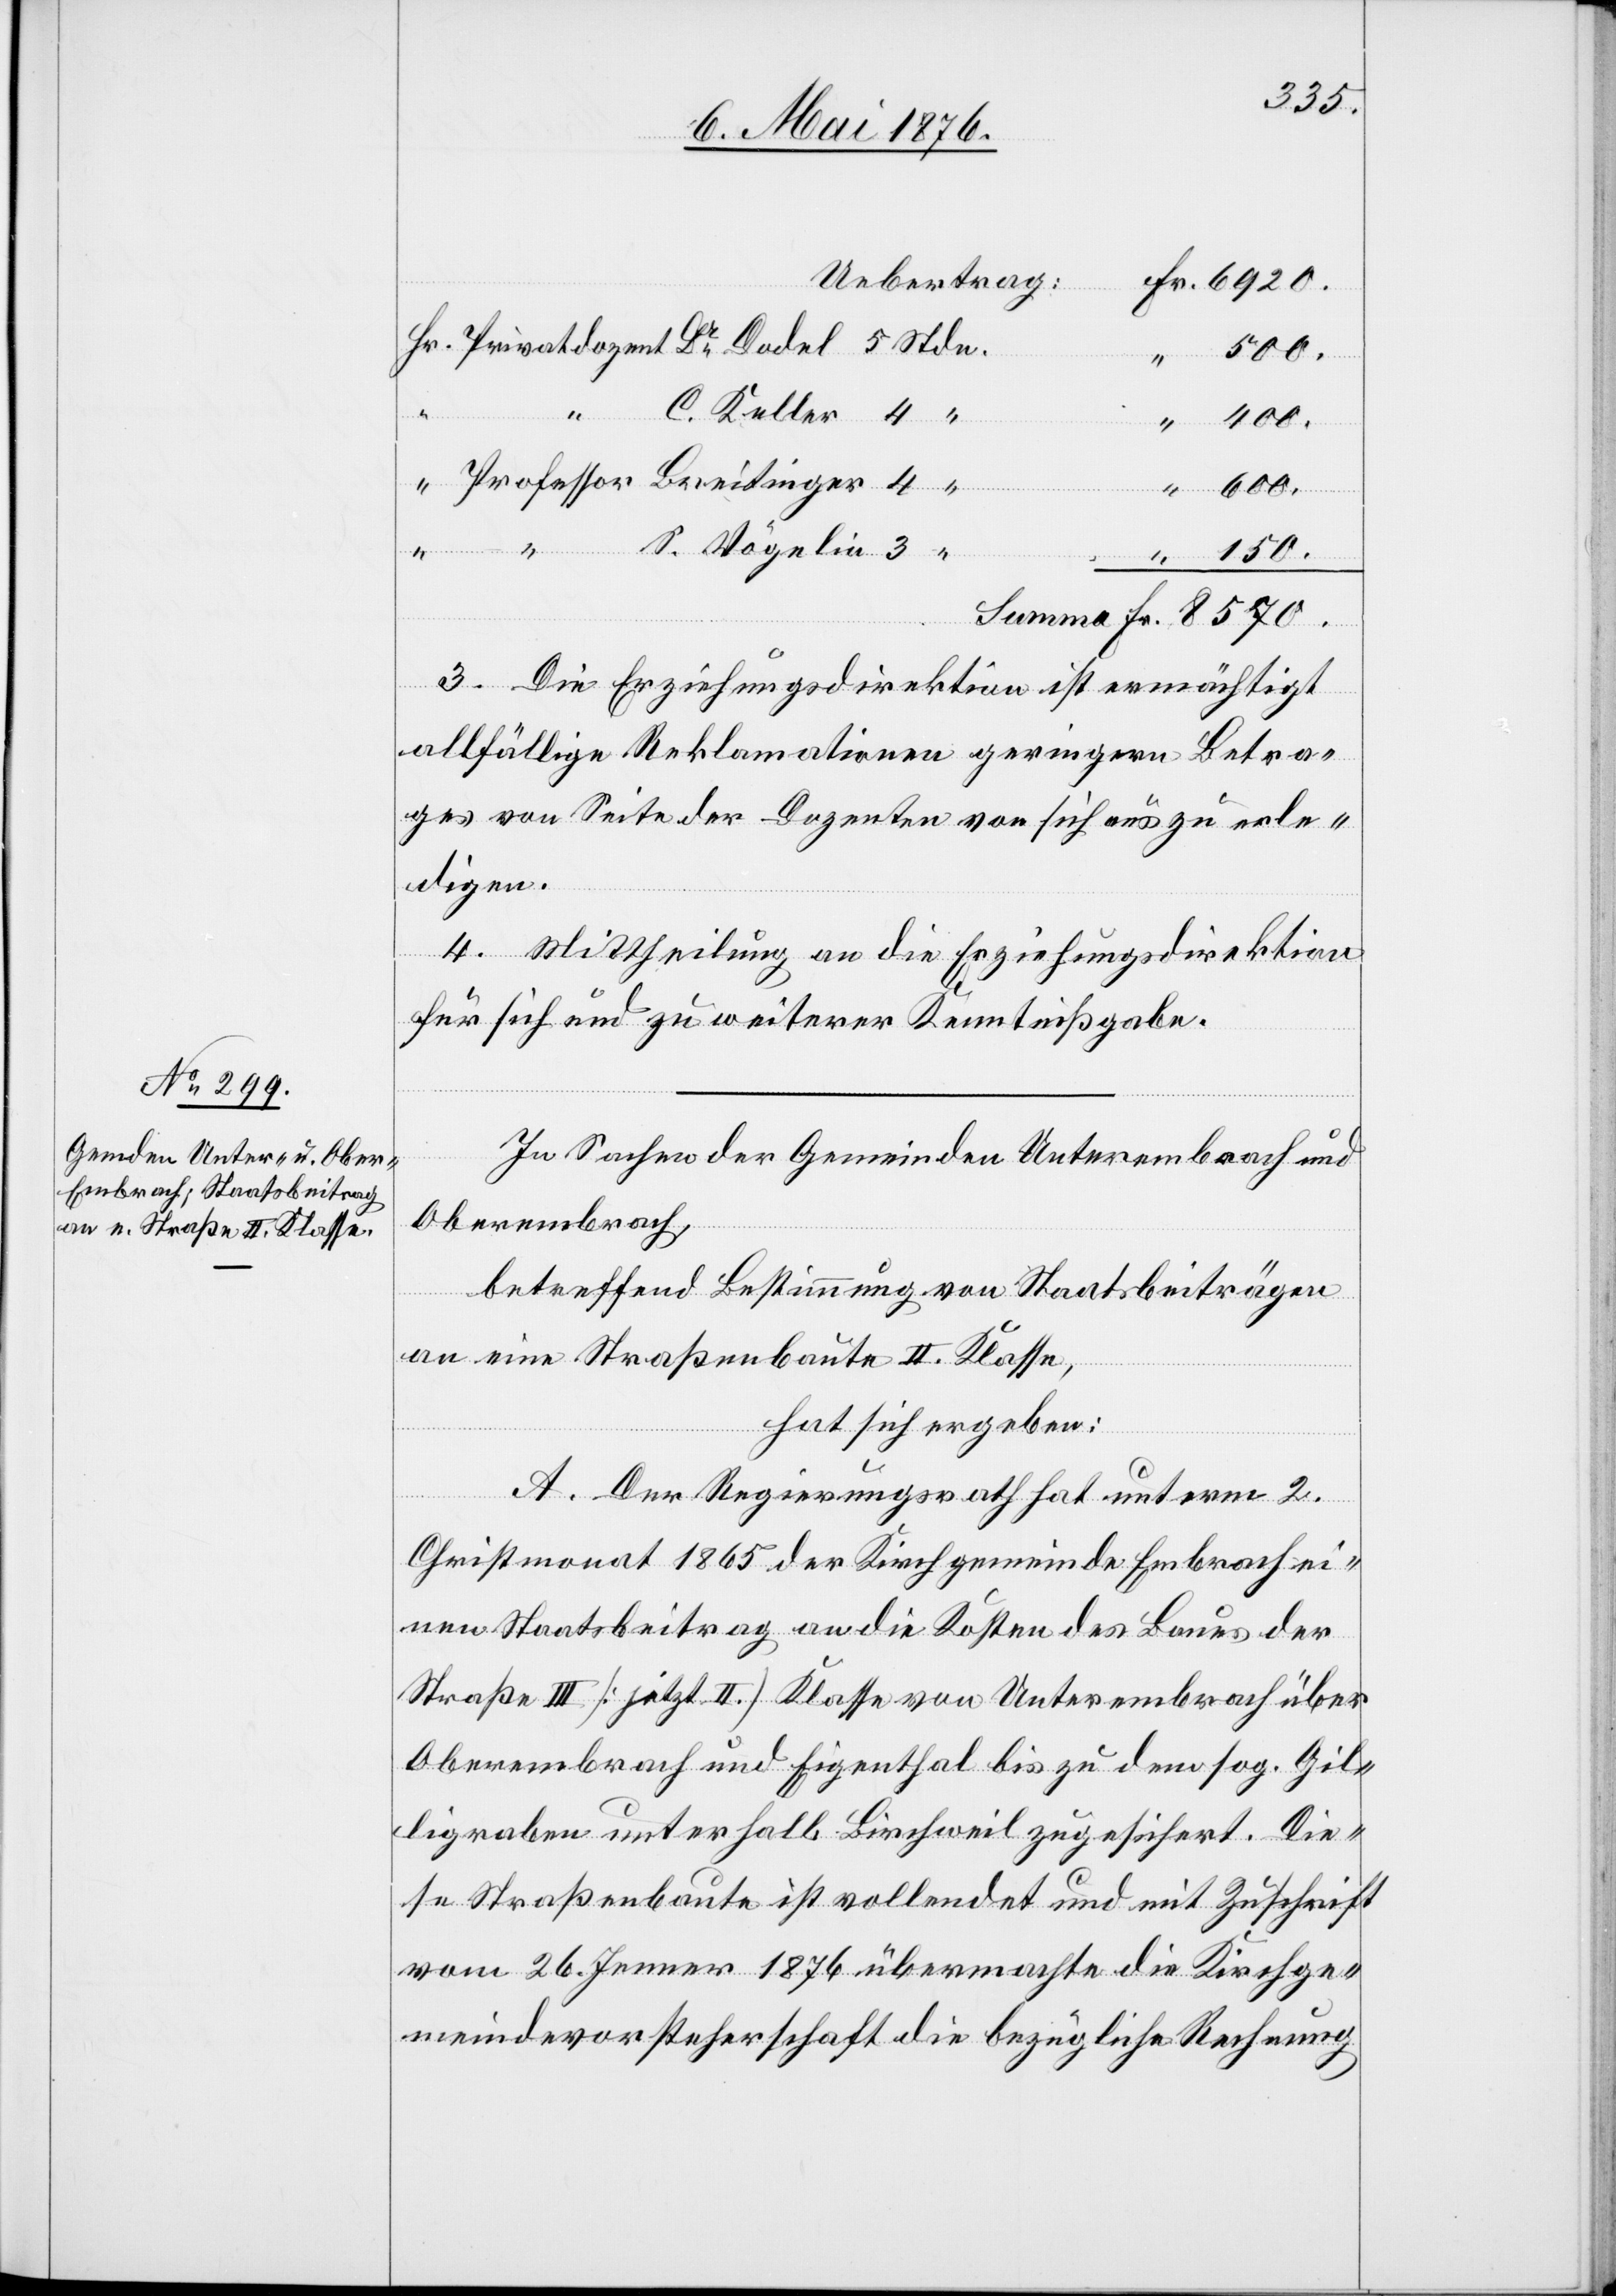
S.

8570.
Uebertrag:
3. Die Erziehungsdirektion ist ermächtigt
allfällige Reklamationen geringen Betra¬
ges von Seite der Dozenten von sich aus zu erle¬
digen.
4. Mittheilung an die Erziehungsdirektion
für sich und zu weiterer Kenntnißgabe.
In Sachen der Gemeinde Unterembrach und
Oberembrach,
betreffend Bestimmung von Staatsbeiträgen
an eine Straßenbaute II. Klasse,
hat sich ergeben:
A. Der Regierungsrath hat unterm 2.
Christmonat 1865 der Kirchgemeinde Embrach ei¬
nen Staatsbeitrag an die Kosten des Baues der
Straße II [jetzt II.] Klasse von Unterembrach über
Oberembrach und Eigenthal bis zu dem sog. Gil¬
ligraben unterhalb Birschweil zugesichert. Die¬
se Straßenbaute ist vollendet und mit Zuschrift
vom 26. Jenner 1876 übermacht die Kirchge¬
meindevorsteherschaft die bezügliche Rechnung